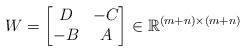
LaTeX: \begin{align*}W = \begin{bmatrix} D & -C \\ -B & A \end{bmatrix} \in \mathbb{R}^{(m + n) \times (m + n)} \end{align*}